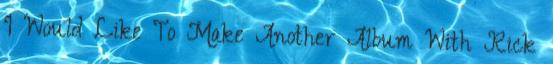
I Would Like To Make Another Album With Rick